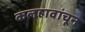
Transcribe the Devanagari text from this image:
कलहावांचून